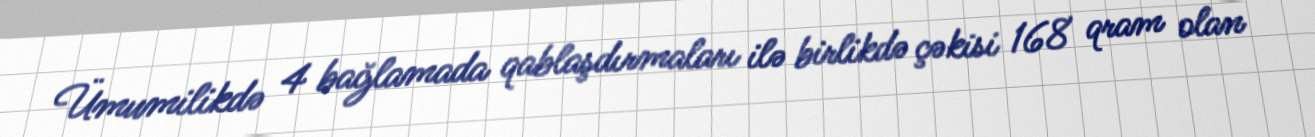
Ümumilikdə 4 bağlamada qablaşdırmaları ilə birlikdə çəkisi 168 qram olan